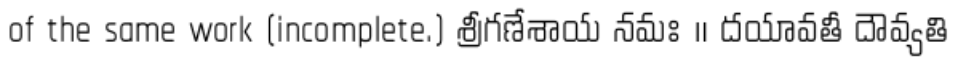
of the same work (incomplete.) శ్రీగణేశాయ నమః ॥ దయావతీ దౌవ్యతి